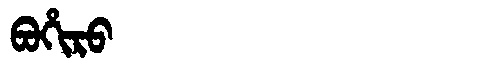
Manchu: ᠪᠣᡥᡳᡵᠣ
Romanization: BOHIRO